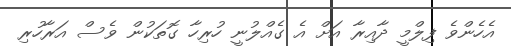
އެހެންވެ ފިލްމީ ދާއިރާ އަށް އެ ގެއްލުނީ ހުރިހާ ގޮތަކުން ވެސް އަރާހުރި